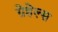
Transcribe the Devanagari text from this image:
ग्रेहेल्स